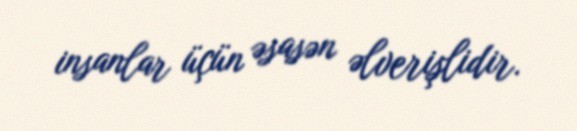
insanlar üçün əsasən əlverişlidir.